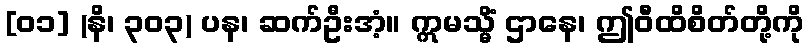
[၀၁] (နိ၊ ၃၀၃) ပန၊ ဆက်ဦးအံ့။ ဣမသ္မိံ ဌာနေ၊ ဤဝီထိစိတ်တို့ကို